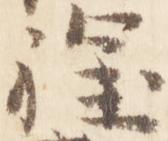
程